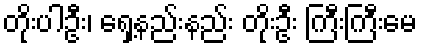
တိုးပါဦး၊ ရှေ့နည်းနည်း တိုးဦး ကြီးကြီးမေ